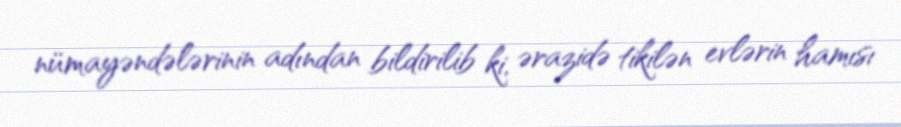
nümayəndələrinin adından bildirilib ki, ərazidə tikilən evlərin hamısı